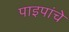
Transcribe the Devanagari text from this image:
पाइपांचे